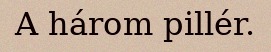
A három pillér.